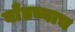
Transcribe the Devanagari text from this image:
बाँडच्याच